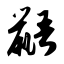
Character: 鼯